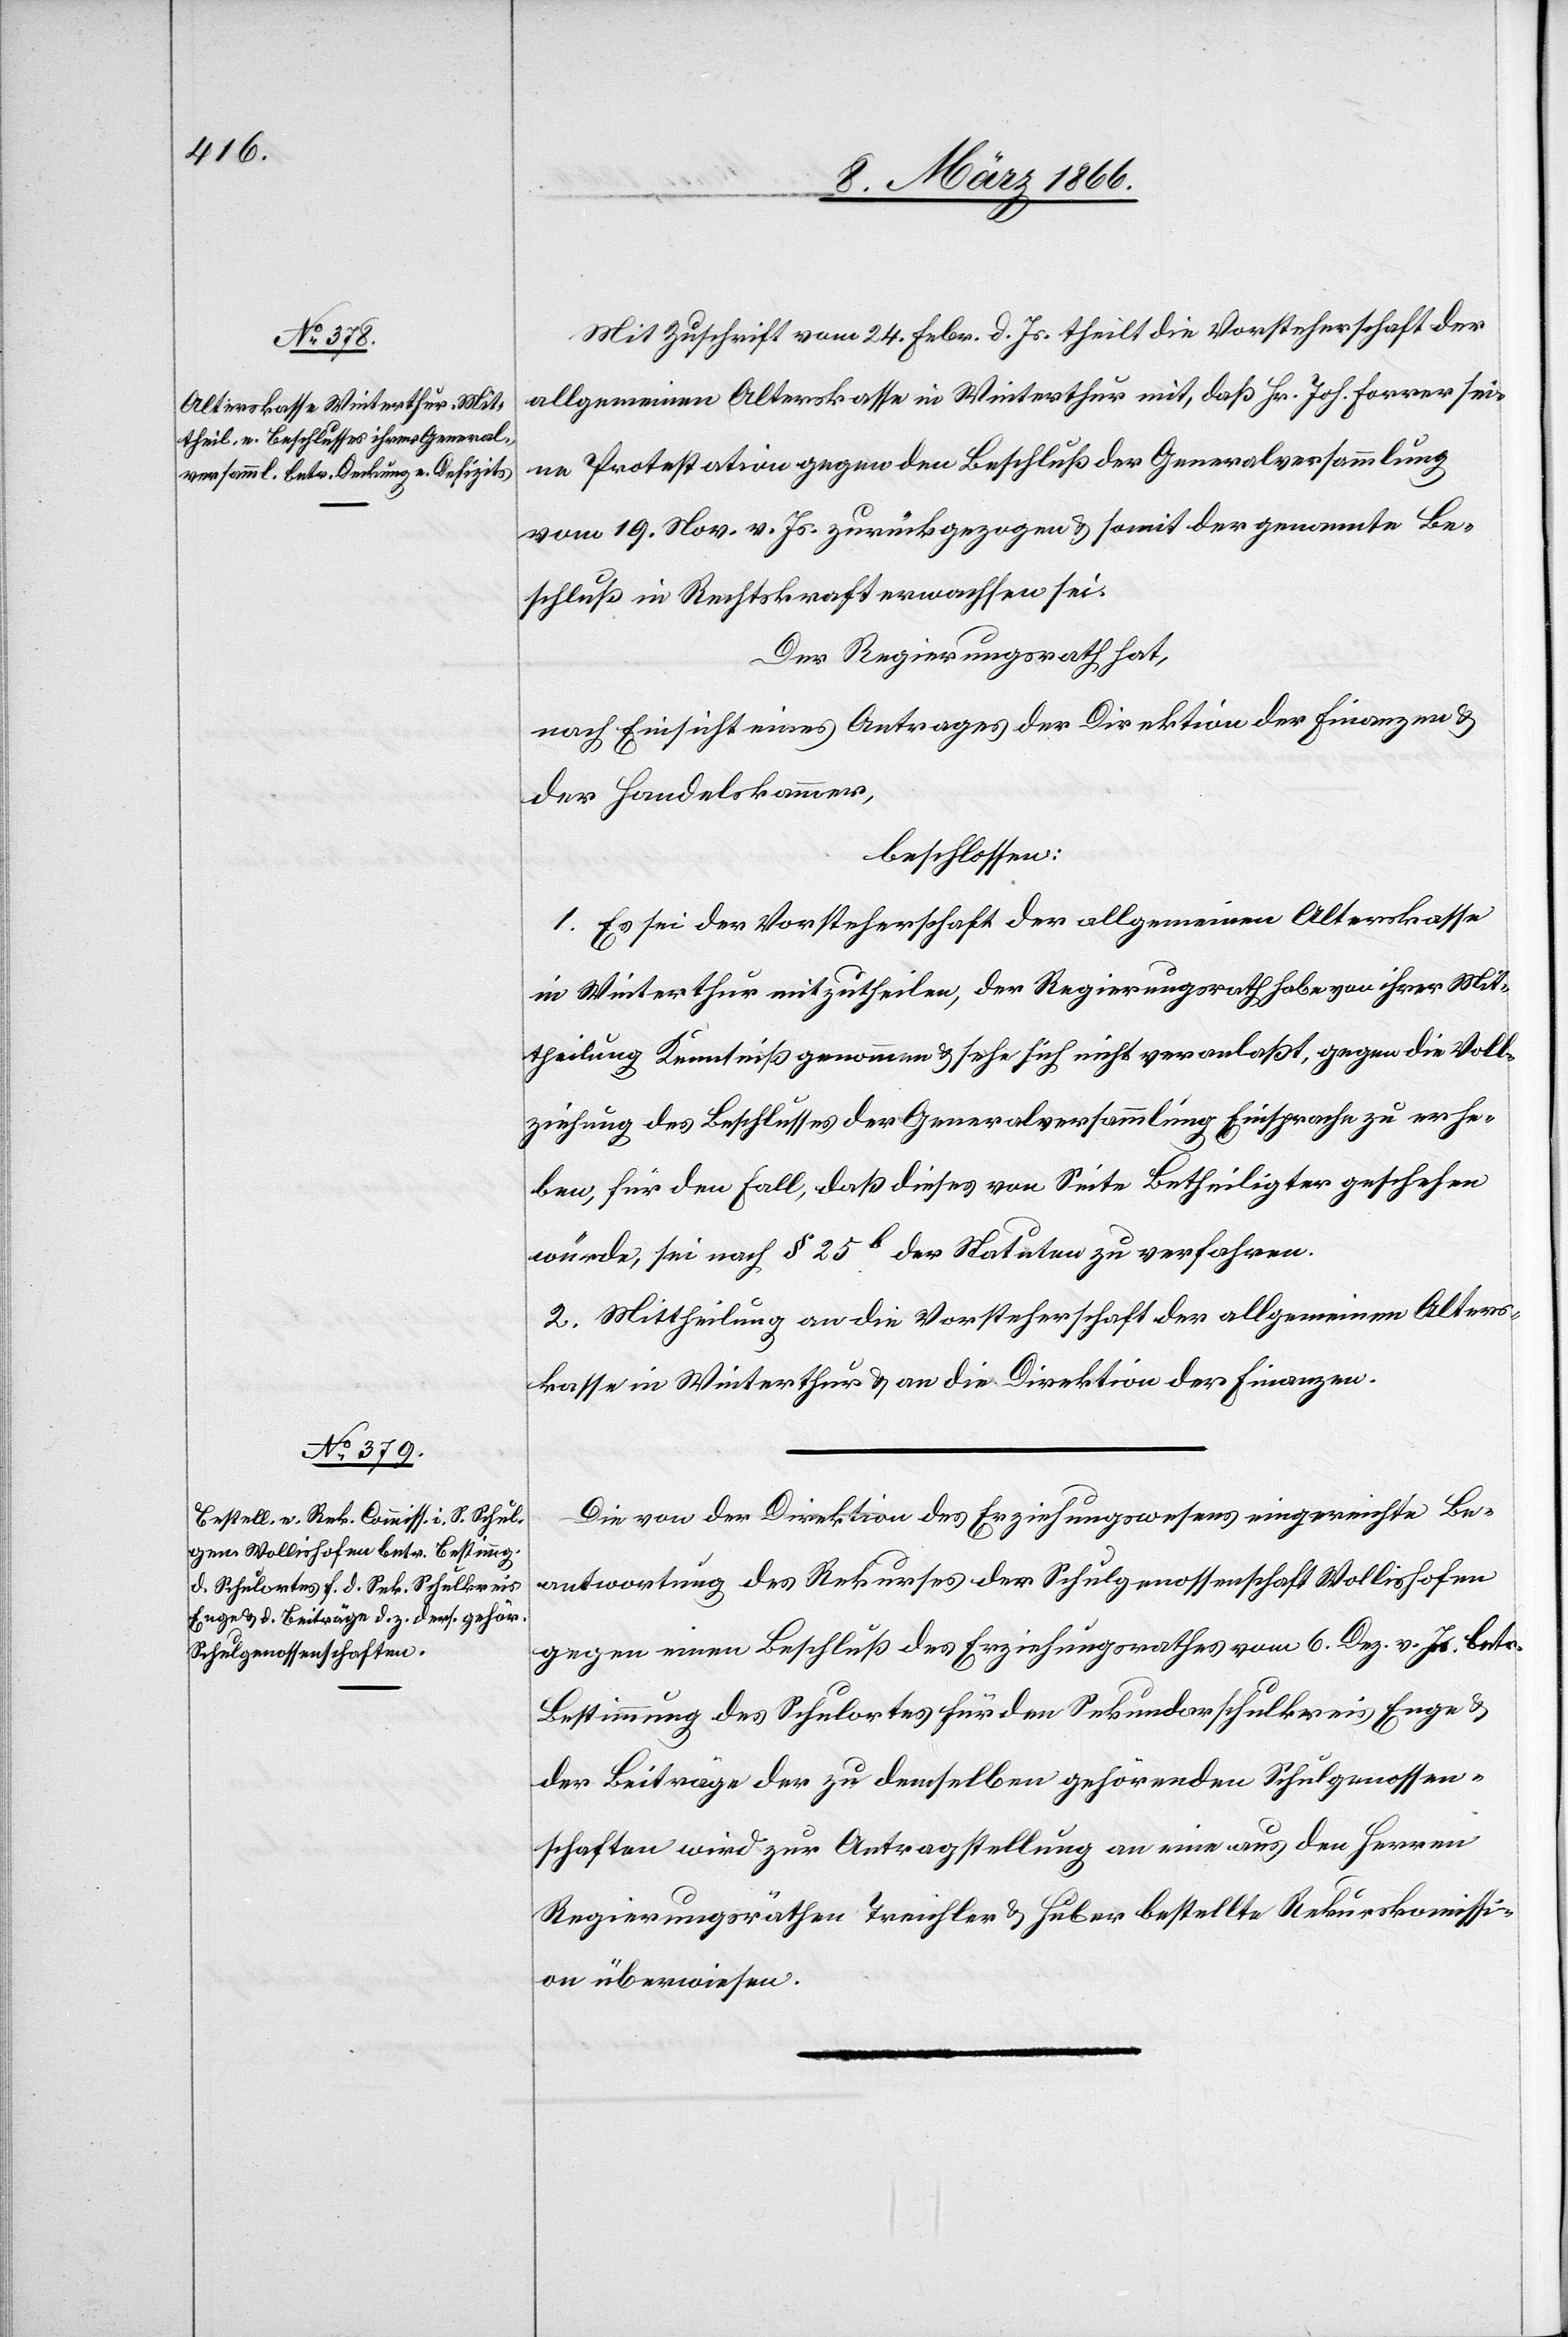
Mit Zuschrift vom 24. Febr. d. Js. theilt die Vorsteherschaft der
allgemeinen Alterskasse in Winterthur mit, daß Hr. Joh. Farrer sei¬
nen Protest gegen den Beschluß der Generalversammlung
vom 19. Nov. v. Js. zurückgezogen u. somit der genannte Be¬
schluß in Rechtskraft erwachsen sei.
Der Regierungsrath hat,
nach Einsicht eines Antrages der Direktion der Finanzen u.
der Handelskammer,
beschlossen:
1. Es sei der Vorsteherschaft der allgemeinen Alterskasse
in Winterthur mitzutheilen, der Regierungsrath habe von ihrer Mit¬
theilung Kenntniß genommen u. sehe sich nicht veranlaßt, gegen die Voll¬
ziehung des Beschlusses der Generalversammlung Einsprache zu erhe¬
ben, für den Fall, daß dieses von Seite Betheiligter geschehen
würde, sei nach § 25 b der Statuten zu verfahren.
2. Mittheilung an die Vorsteherschaft der allgemeinen Alters¬
kasse in Winterthur u. an die Direktion der Finanzen.
Die von der Direktion des Erziehungswesens eingereichte Be¬
antwortung des Rekurses der Schulgenossenschaft Wollishofen
gegen einen Beschluß des Erziehungsrathes vom 6. Dez. v. Js. betr.
Bestimmung des Schulortes für den Sekundarschulkreis Enge u.
der Beiträge der zu demselben gehörenden Schulgenossen¬
schaften wird zur Antragstellung an eine aus den Herren
Regierungsräthen Treichler u. Huber bestellte Rekurskommissi¬
on überwiesen.